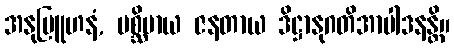
အနုဗြူဟနံ, ပစ္ဆိမာယ ဇနတာယ ဒိဋ္ဌာနုဂတိအာပါဒနန္တိ။